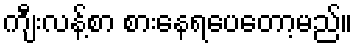
ကျီးလန့်စာ စားနေရပေတော့မည်။